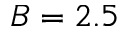
B = 2 . 5